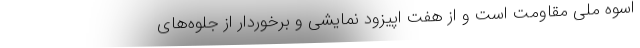
اسوه ملی مقاومت است و از هفت اپیزود نمایشی و برخوردار از جلوه‌های